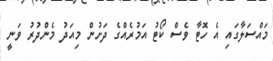
މައްސަލާގައި އެ ހޮޓާ ވެސް ކޯޓު އަމުރެއްގެ ދަށުން މިއަދު މެންދުރު ވަނީ